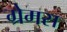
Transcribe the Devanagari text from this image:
ग्रेमस